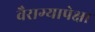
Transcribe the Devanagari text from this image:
वैराग्यापेक्षा